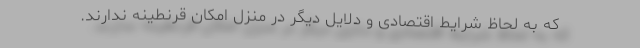
که به لحاظ شرایط اقتصادی و دلایل دیگر در منزل امکان قرنطینه ندارند.